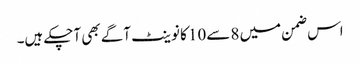
اس ضمن میں 8 سے10 کا نوینٹ آگے بھی آچکے ہیں۔